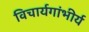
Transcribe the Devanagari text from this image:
विचार्यगांभीर्य